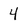
Character: 4